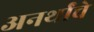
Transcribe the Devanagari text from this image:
अनर्थांचे